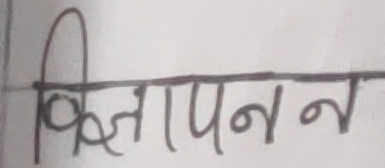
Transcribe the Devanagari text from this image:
विज्ञापन